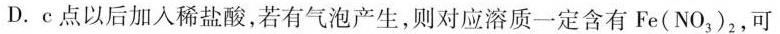
D.c点以后加入稀盐酸，若有气泡产生，则对应溶质一定含有Fe(NO_{3})_{2}，可